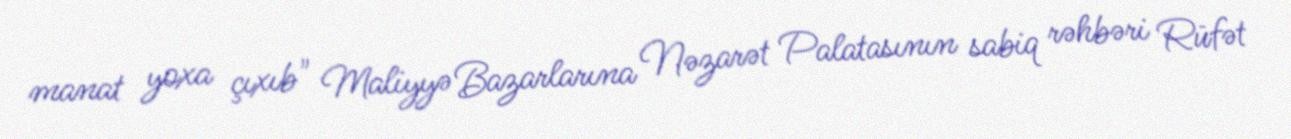
manat yoxa çıxıb" Maliyyə Bazarlarına Nəzarət Palatasının sabiq rəhbəri Rüfət